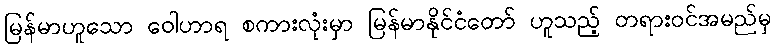
မြန်မာဟူသော ဝေါဟာရ စကားလုံးမှာ မြန်မာနိုင်ငံတော် ဟူသည့် တရားဝင်အမည်မှ